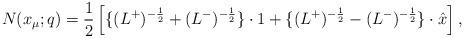
LaTeX: \begin{align*}N(x_\mu;q)=\frac{1}{2}\left[\{(L^+)^{-\frac{1}{2}}+(L^-)^{-\frac{1}{2}}\}\cdot 1+\{(L^+)^{-\frac{1}{2}}-(L^-)^{-\frac{1}{2}}\}\cdot\hat x\right], \end{align*}